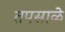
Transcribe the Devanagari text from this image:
तपसाळे